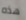
هذه